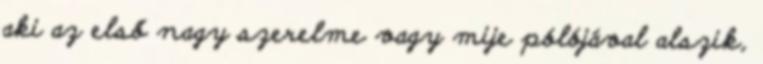
aki az első nagy szerelme vagy mije pólójával alszik,